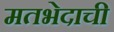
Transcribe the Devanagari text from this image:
मतभेदाची